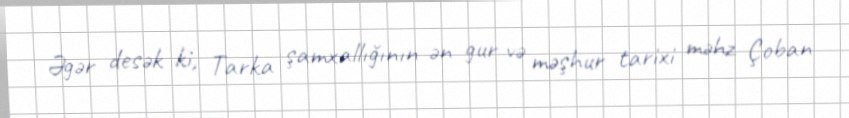
Əgər desək ki, Tarka şamxallığının ən gur və məşhur tarixi məhz Çoban